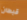
قبطان